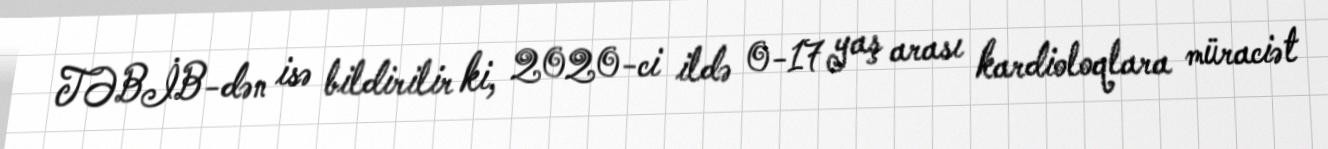
TƏBİB-dən isə bildirilir ki, 2020-ci ildə 0-17 yaş arası kardioloqlara müraciət